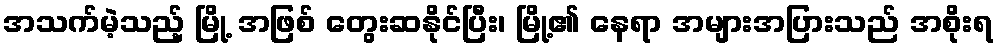
အသက်မဲ့သည့် မြို့ အဖြစ် တွေးဆနိုင်ပြီး၊ မြို့၏ နေရာ အများအပြားသည် အစိုးရ